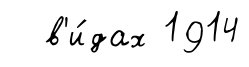
в'и́дах 1914